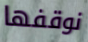
نوقفها